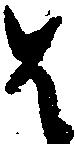
は